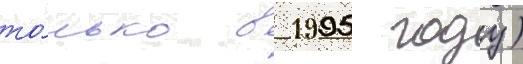
то́лько в 1995 году)